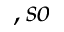
, s o